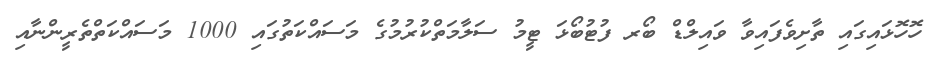
ހޮހޮޅައިގައި ތާށިވެފައިވާ ވައިލްޑް ބޯރ ފުޓުބޯޅަ ޓީމު ސަލާމަތްކުރުމުގެ މަސައްކަތުގައި 1000 މަސައްކަތްތެރީންނާއި